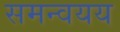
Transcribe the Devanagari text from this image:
समन्वयय